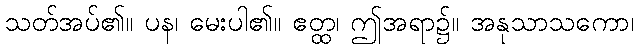
သတ်အပ်၏။ ပန၊ မေးပါ၏။ ဧတ္ထ၊ ဤအရာ၌။ အနုသာသကော၊